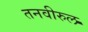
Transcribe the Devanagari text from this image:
तनवीरुल